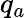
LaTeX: q_{a}